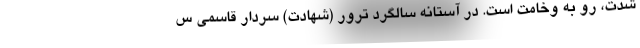
شدت، رو به وخامت است. در آستانه سالگرد ترور (شهادت) سردار قاسمی س